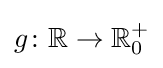
g\colon \mathbb {R} \rightarrow \mathbb {R} _{0}^{+}